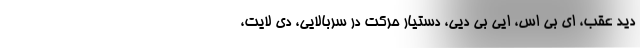
دید عقب، ای بی اس، ایی بی دیی، دستیار حرکت در سربالایی، دی لایت،